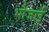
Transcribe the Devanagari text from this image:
भौजाई